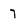
Character: 7